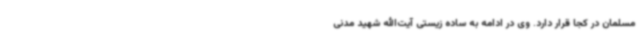
مسلمان در کجا قرار دارد. وی در ادامه به ساده زیستی آیت‌الله شهید مدنی